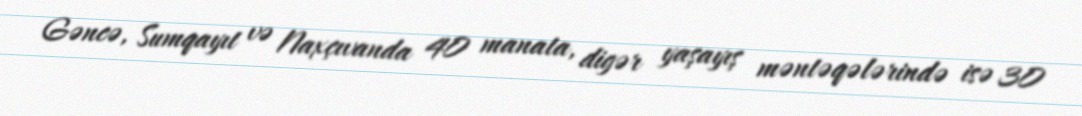
Gəncə, Sumqayıt və Naxçıvanda 40 manata, digər yaşayış məntəqələrində isə 30